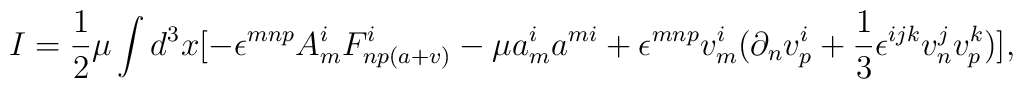
I = \frac{1}{2}\mu\int d^{3}x[-\epsilon^{mnp}A_{m}^{i}F_{np(a + v)}^{i}  - \mu a_{m}^{i}a^{mi}  + \epsilon^{mnp}v_{m}^{i}(\partial_{n}v_{p}^{i} + \frac{1}{3} \epsilon^{ijk}v_{n}^{j}v_{p}^{k}) ] ,